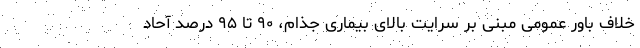
خلاف باور عمومی مبنی بر سرایت بالای بیماری جذام، ۹۰ تا ۹۵ درصد آحاد